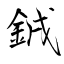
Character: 銊